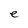
Character: e